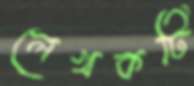
লেখকটি